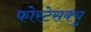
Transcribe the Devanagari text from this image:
फोरटेसक्यु